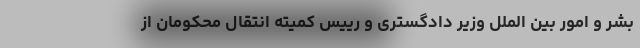
بشر و امور بین الملل وزیر دادگستری و رییس کمیته انتقال محکومان از